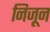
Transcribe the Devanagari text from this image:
निजून